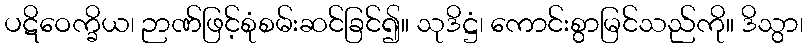
ပဋိဝေက္ခိယ၊ ဉာဏ်ဖြင့်စုံစမ်းဆင်ခြင်၍။ သုဒိဋ္ဌံ၊ ကောင်းစွာမြင်သည်ကို။ ဒိသွာ၊